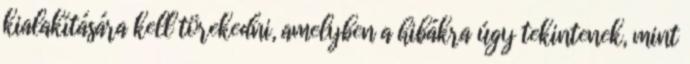
kialakítására kell törekedni, amelyben a hibákra úgy tekintenek, mint